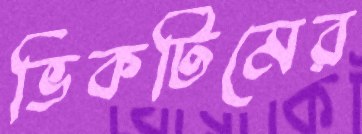
ভিকটিমের